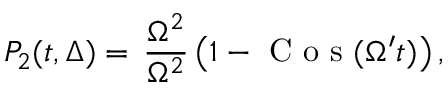
P _ { 2 } ( t , \Delta ) = \, \frac { \Omega ^ { 2 } } { \Omega ^ { 2 } } \left( 1 - \mathrm { ~ C ~ o ~ s ~ } ( \Omega ^ { \prime } t ) \right) ,